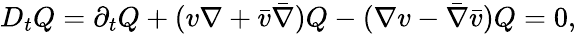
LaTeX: D_{t}Q=\partial_{t}Q+(v\nabla+\bar{v}\bar{\nabla})Q-(\nabla v-\bar{\nabla}\bar{v})Q=0,